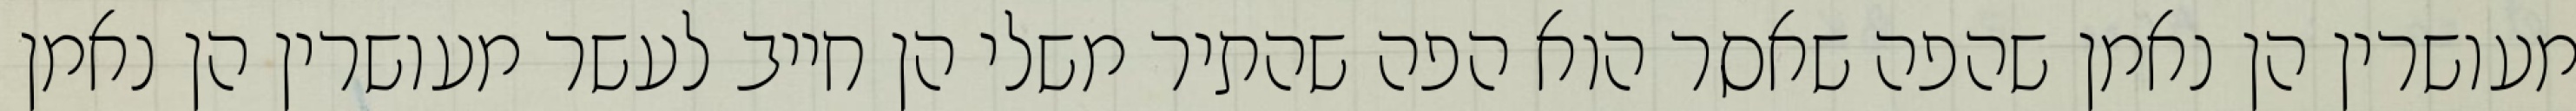
מעושרין הן נאמן שהפה שאסר הוא הפה שהתיר משלי הן חייב לעשר מעושרין הן נאמן